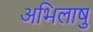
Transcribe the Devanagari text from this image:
अभिलाषु